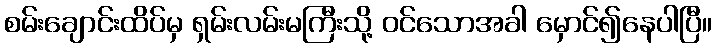
စမ်းချောင်းထိပ်မှ ရှမ်းလမ်းမကြီးသို့ ဝင်သောအခါ မှောင်၍နေပါပြီ။